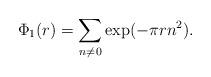
LaTeX: \begin{align*} \Phi_1(r) = \sum_{n \neq 0} \exp(-\pi r n^2).\end{align*}